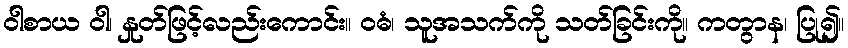
ဝါစာယ ဝါ၊ နှုတ်ဖြင့်လည်းကောင်း။ ဝဓံ၊ သူအသက်ကို သတ်ခြင်းကို။ ကတွာန၊ ပြု၍။